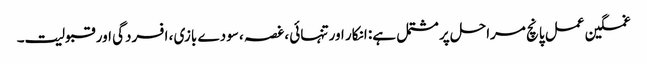
غمگین عمل پانچ مراحل پر مشتمل ہے: انکار اور تنہائی ، غصہ ، سودے بازی ، افسردگی اور قبولیت۔